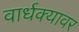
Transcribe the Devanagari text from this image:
वार्धक्यावर